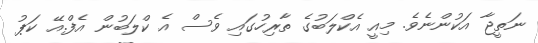
ނަތީޖާ އަކުންނެވެ. މިއީ އެކްލަބުގެ ތާރިހުގައި ވެސް އެ ކްލަބުން އެފް.އޭ ކަޕު